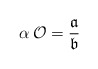
\begin{align*}\alpha\,\mathcal{O}=\frac{\mathfrak{a}}{\mathfrak{b}}\end{align*}